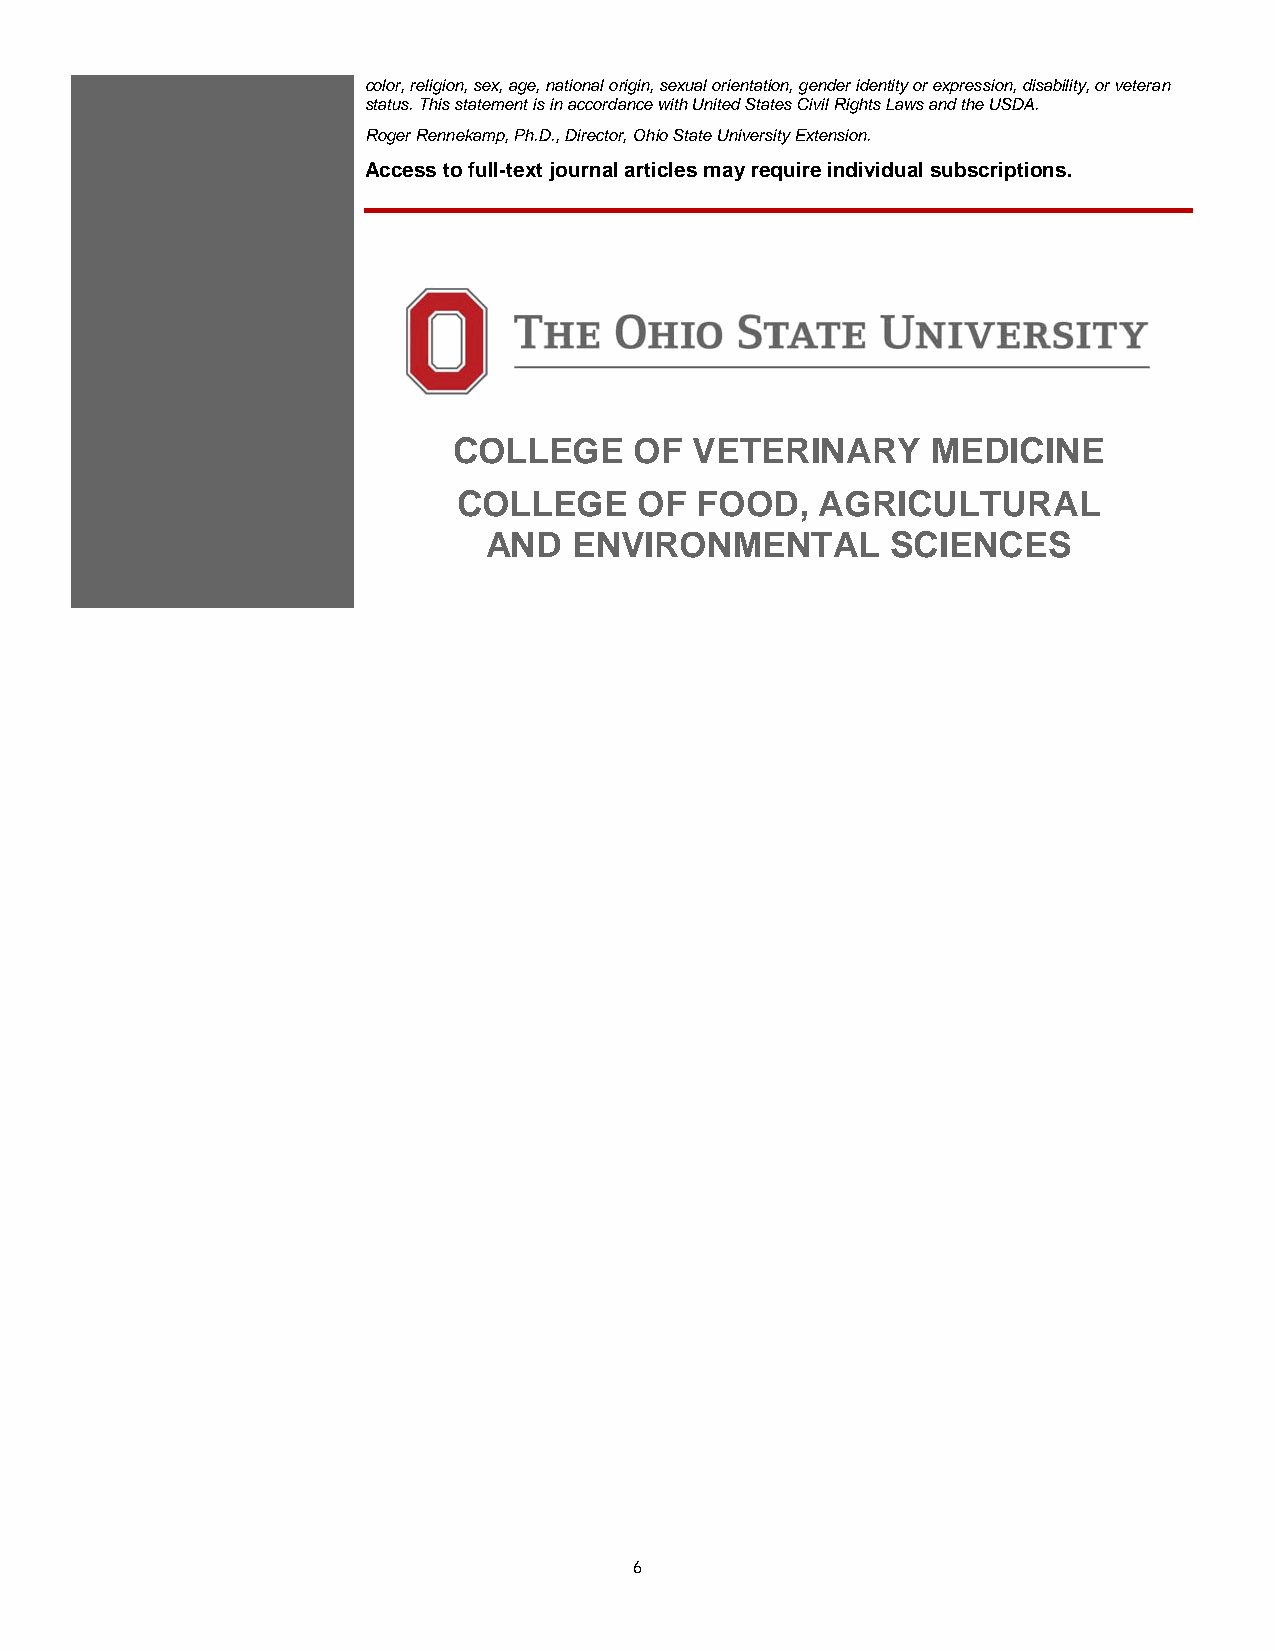
color, religion, sex, age, national origin, sexual orientation, gender identity or expression, disability, or veteran
 status. This statement is in accordance with United States Civil Rights Laws and the USDA.
 Roger Rennekamp, Ph.D., Director, Ohio State University Extension.
 Access to full-text journal articles may require individual subscriptions.
 COLLEGE     OF  VETERINARY      MEDICINE
 COLLEGE     OF  FOOD,   AGRICULTURAL
 AND   ENVIRONMENTAL        SCIENCES
 6